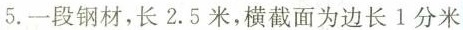
5.一段钢材，长2.5米，横截面为边长1分米